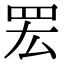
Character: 䍔